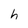
Character: h